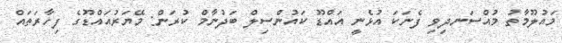
މައުލޫމާތު މުއްސަނދިވި ފެނަކަ އުޅެނީ އައްޑޫ ކައުންސިލް ބަދުނާމް ކުރަން: މޭޔަރުއައްޑޫގެ ފިހާރަތައް